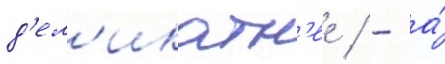
д'ел'икатн'ее / - а́